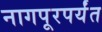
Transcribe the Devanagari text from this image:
नागपूरपर्यंत